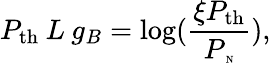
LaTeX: P_{\mathrm{th}}\: L\: g_{B}=\log(\frac{\xi P_{\mathrm{th}}}{P_{\tiny\mathrm{\: N}}}),